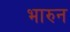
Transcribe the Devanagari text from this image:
भारुन